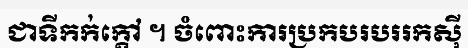
ជាទីកក់ក្តៅ ។ ចំពោះការប្រកបរបររកស៊ី